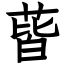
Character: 蒈